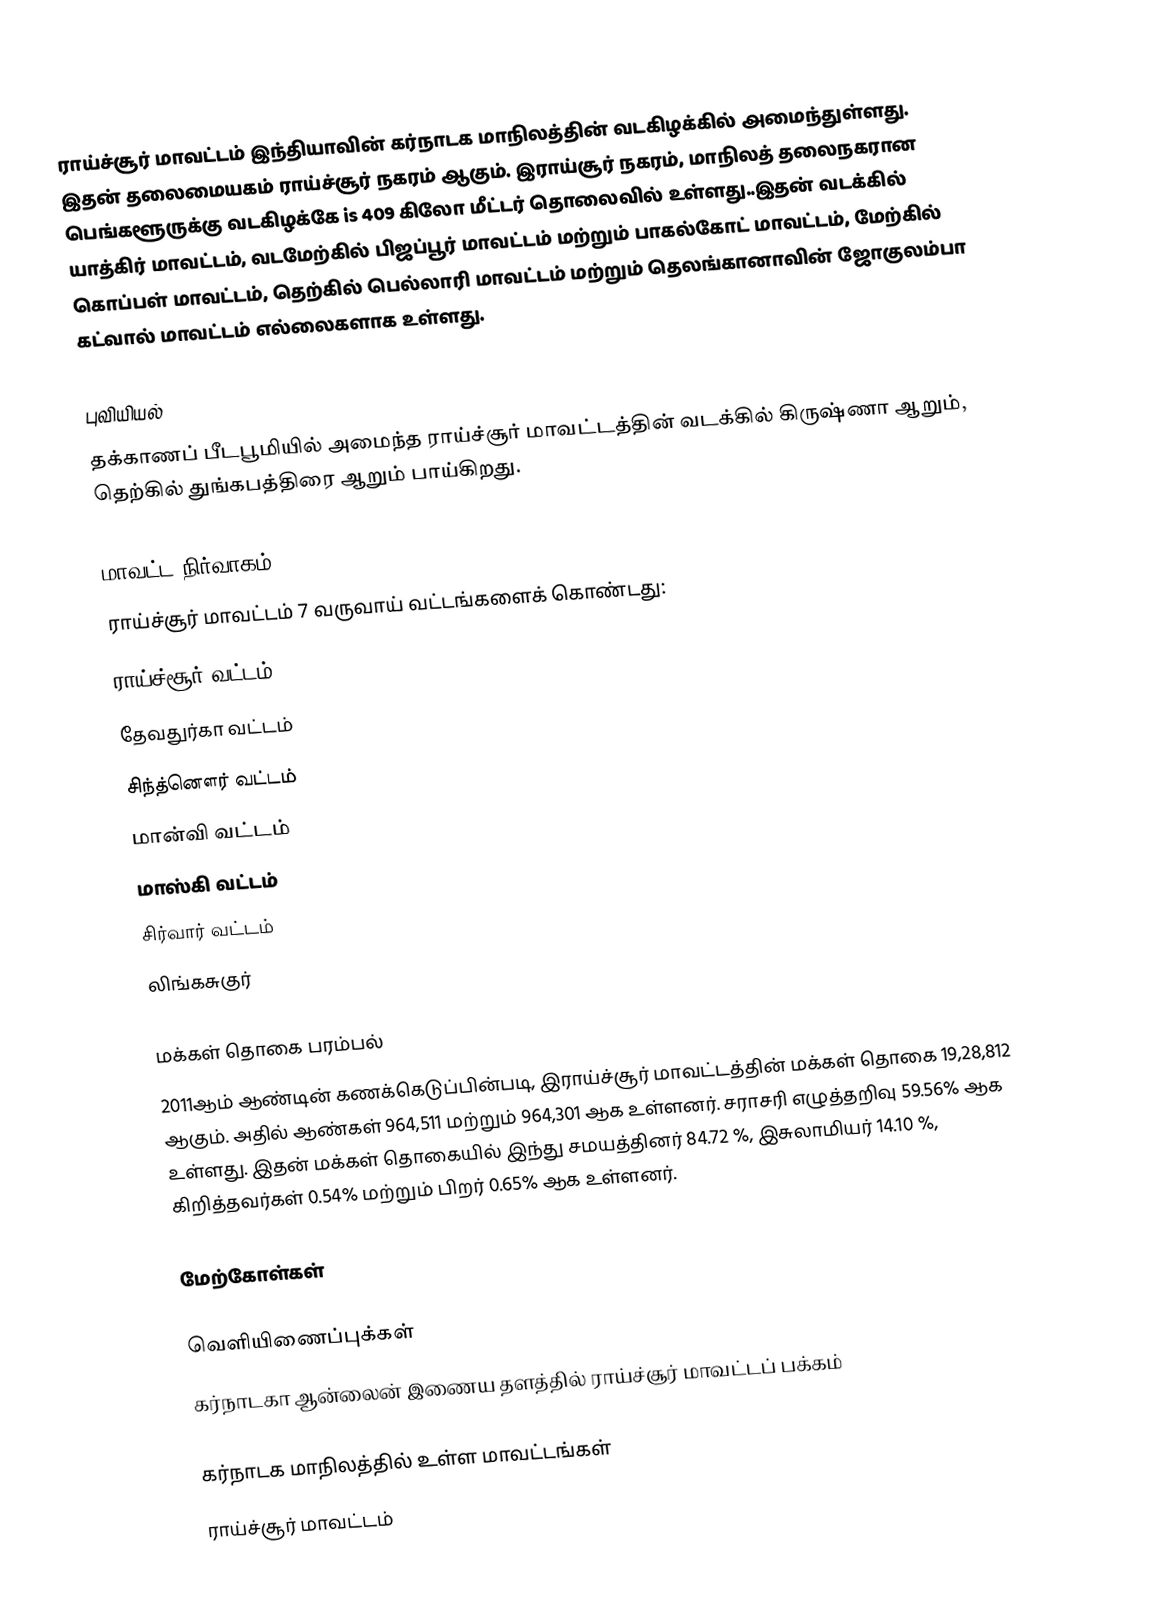
ராய்ச்சூர் மாவட்டம் இந்தியாவின் கர்நாடக மாநிலத்தின் வடகிழக்கில் அமைந்துள்ளது. இதன் தலைமையகம் ராய்ச்சூர் நகரம் ஆகும். இராய்சூர் நகரம், மாநிலத் தலைநகரான பெங்களூருக்கு வடகிழக்கே  is 409 கிலோ மீட்டர் தொலைவில் உள்ளது..இதன் வடக்கில் யாத்கிர் மாவட்டம், வடமேற்கில் பிஜப்பூர் மாவட்டம் மற்றும் பாகல்கோட் மாவட்டம்,  மேற்கில் கொப்பள் மாவட்டம், தெற்கில் பெல்லாரி மாவட்டம் மற்றும் தெலங்கானாவின் ஜோகுலம்பா கட்வால் மாவட்டம் எல்லைகளாக உள்ளது.

புவியியல்
தக்காணப் பீடபூமியில் அமைந்த ராய்ச்சூர் மாவட்டத்தின் வடக்கில் கிருஷ்ணா ஆறும், தெற்கில் துங்கபத்திரை ஆறும் பாய்கிறது.

மாவட்ட நிர்வாகம்
ராய்ச்சூர் மாவட்டம் 7 வருவாய் வட்டங்களைக் கொண்டது:
 ராய்ச்சூர் வட்டம்
 தேவதுர்கா வட்டம்
 சிந்த்னௌர் வட்டம்
 மான்வி வட்டம்
 மாஸ்கி வட்டம்
 சிர்வார் வட்டம்
 லிங்கசுகுர்

மக்கள் தொகை பரம்பல்
2011ஆம் ஆண்டின் கணக்கெடுப்பின்படி,  இராய்ச்சூர் மாவட்டத்தின் மக்கள் தொகை 19,28,812  ஆகும். அதில் ஆண்கள் 964,511 மற்றும் 964,301 ஆக உள்ளனர். சராசரி எழுத்தறிவு 59.56% ஆக உள்ளது.  இதன் மக்கள் தொகையில் இந்து சமயத்தினர் 84.72 %, இசுலாமியர் 14.10 %, கிறித்தவர்கள் 0.54% மற்றும் பிறர் 0.65% ஆக உள்ளனர்.

மேற்கோள்கள்

வெளியிணைப்புக்கள்
 கர்நாடகா ஆன்லைன் இணைய தளத்தில் ராய்ச்சூர் மாவட்டப் பக்கம்

கர்நாடக மாநிலத்தில் உள்ள மாவட்டங்கள்
ராய்ச்சூர் மாவட்டம்